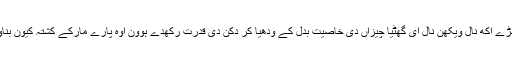
جیہڑے اکھ نال ویکھن نال ای گھٹیا چیزاں دی خاصیت بدل کے ودھیا کر دکن دی قدرت رکھدے ہوون اوہ پارے مارکے کشتہ کیون بناون ۔